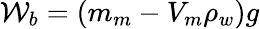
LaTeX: \mathcal{W}_{b}=(m_{m}-V_{m}\rho_{w})g